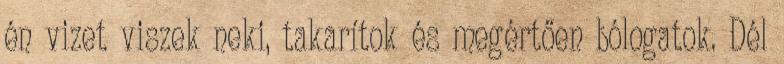
én vizet viszek neki, takarítok és megértően bólogatok. Dél